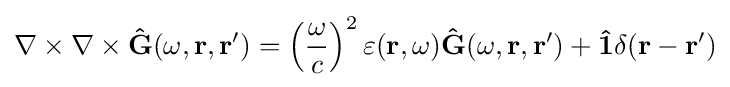
\nabla \times \nabla \times {\bf {\hat {G}}}(\omega ,\mathbf {r} ,\mathbf {r} ')=\left({\frac {\omega }{c}}\right)^{2}\varepsilon (\mathbf {r} ,\omega ){\bf {\hat {G}}}(\omega ,\mathbf {r} ,\mathbf {r} ')+{\bf {\hat {1}}}\delta (\mathbf {r} -\mathbf {r} ')